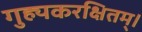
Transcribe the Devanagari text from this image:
गुह्यकरक्षितम्।